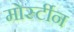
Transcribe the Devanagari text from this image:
मोर्स्टीन